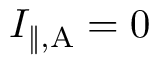
I _ { \mathrm { \| , A } } = 0